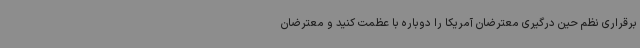
برقراری نظم حین درگیری معترضان آمریکا را دوباره با عظمت کنید و معترضان